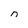
Character: n